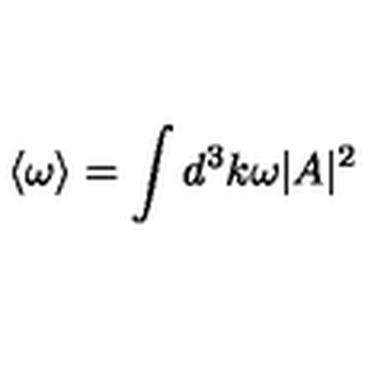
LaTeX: \langle \omega \rangle = \int d ^ { 3 } k \omega | A | ^ { 2 }